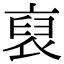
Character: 裒